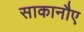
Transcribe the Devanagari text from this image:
साकानौए